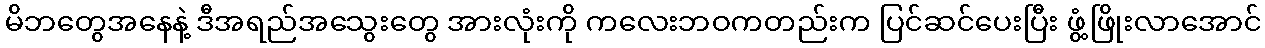
မိဘတွေအနေနဲ့ ဒီအရည်အသွေးတွေ အားလုံးကို ကလေးဘဝကတည်းက ပြင်ဆင်ပေးပြီး ဖွံ့ဖြိုးလာအောင်